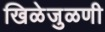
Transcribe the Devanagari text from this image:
खिळेजुळणी